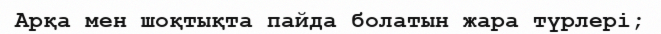
Арқа мен шоқтықта пайда болатын жара түрлері;